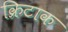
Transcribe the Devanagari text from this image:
क्रिटाक